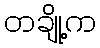
တချို့က